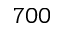
7 0 0